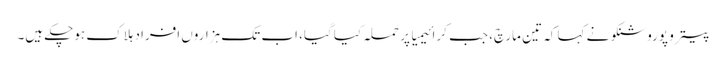
پیترو پوروشنکو نے کہا کہ تین مارچ، جب کرائیمیا پر حملہ کیا گیا، اب تک ہزاروں افراد ہلاک ہوچکے ہیں۔